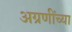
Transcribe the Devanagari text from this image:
अग्रणींच्या